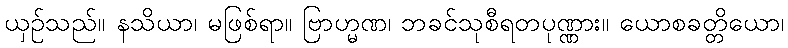
ယှဉ်သည်။ နသိယာ၊ မဖြစ်ရာ။ ဗြာဟ္မဏ၊ ဘခင်သုစီရတပုဏ္ဏား။ ယောစခတ္တိယော၊